Vaccination in Bombay 1869-1873 - 1869-1873
Year: 1869
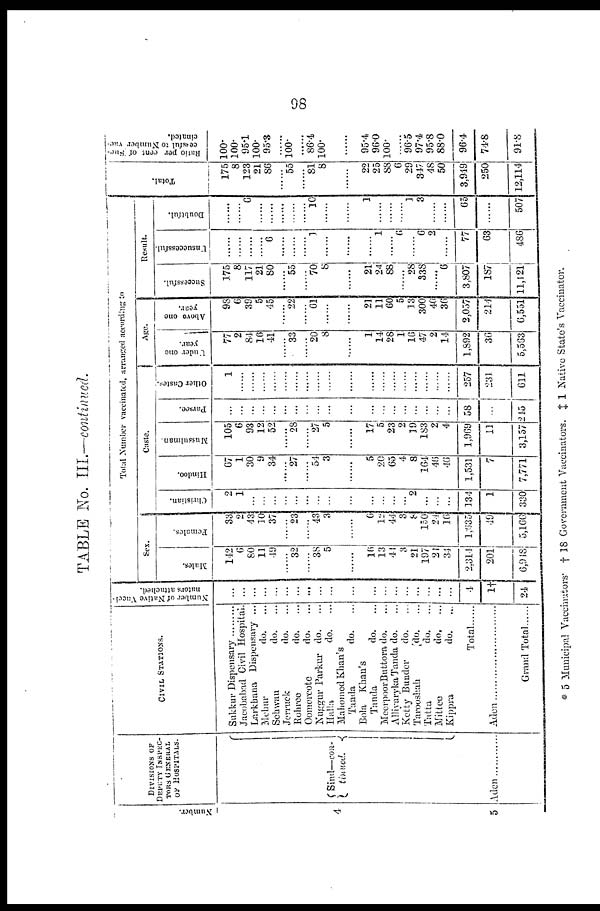
98
TABLE No. III.—continued.
Number.
4
5
DIVISIONS OF
DEPUTY INSPEC¬
TORS GENERAL
OF HOSPITALS.
Sind—con¬
tinued.
Aden . . . . . . . . . . .
CIVIL STATIONS.
Sukkur Dispensary . . . . . . . . . .
Jacobabad Civil Hospital .
Larkhana Dispensary ...
Mehur
do. ...
Sehwan
do. ...
Jerruck
do. ...
Rohree
do. ...
Oomercote
do. ...
Nuggur Parkur do. ...
Halla
do. ...
Mahomed Khan's
Tanda
do. ...
Bola Khan's
Tanda
do. ...
Meerpoor Buttora do. ...
Alliyaryka Tanda do. ...
Ketty Bunder
do. ...
Tarooshah
do. ...
Tatta
do. ...
Mittee
do. ...
Kippra
do. ...
Total
Aden . . . . . . . . . . . . . . . . . . .
Grand Total......
Number of Native Vacci-
nators attached.
...
...
...
...
...
...
...
...
...
...
...
...
...
...
...
...
...
...
...
4
1†
24
Total Number vaccinated, arranged according to
Sex.
Males.
142
6
80
11
49
......
32
......
38
5
......
16
13
41
3
21
197
21
34
2,314
201
6,918
Females.
33
2
43
10
37
......
23
......
43
3
......
6
12
44
3
8
150
24
16
1,635
49
5,166
Caste.
Christian.
2
1
...
...
...
...
...
...
...
...
...
...
...
...
...
2
...
...
...
134
1
330
Hindoo.
67
1
30
9
34
......
27
......
54
3
......
5
20
65
4
8
164
46
46
1,531
7
7,771
Mussulman.
105
6
93
12
52
......
28
......
27
5
......
17
5
23
2
19
183
2
4
1,969
11
3,157
Parsee.
...
...
...
...
...
...
...
...
...
...
...
...
...
...
...
...
...
...
...
58
...
245
Other Castes.
1
......
......
......
......
......
......
......
......
......
......
......
......
......
......
......
......
......
......
257
231
611
Age.
Under one
year.
77
2
84
16
41
......
33
20
8
......
1
14
28
1
16
47
2
14
1,892
36
5,563
Above one
year.
98
6
39
5
45
......
22
......
61
......
......
21
11
60
5
13
300
46
36
2,057
214
6,551
Result.
Successful.
175
8
117
21
80
......
55
70
8
......
21
24
88
......
28
338
......
6
3,807
187
11,121
Unsuccessful.
......
......
......
......
6
......
......
......
1
......
......
......
1
......
6
......
6
2
......
77
63
486
Doubtful.
......
......
6
......
......
......
......
......
10
......
......
1
......
......
......
1
3
......
......
65
......
507
Total.
175
8
123
21
86
......
55
......
81
8
22
25
88
6
29
347
48
50
3,919
250
12,114
Ratio per cent of Succe¬
cessful
to Number vac-
cinated.
100.
100.
95.1
100.
95.3
......
100.
......
86.4
100.
......
95.4
96.0
100.
......
96.5
97.4
95.8
88.0
96.4
74.8
91.8
* 5 Municipal Vaccinators † 18 Government Vaccinators. ‡ 1 Native State's Vaccinator.